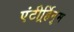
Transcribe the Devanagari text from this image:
एंटीर्र्हिनुम